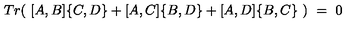
T r ( \ [ A , B ] \{ C , D \} + [ A , C ] \{ B , D \} + [ A , D ] \{ B , C \} \ ) \ = \ 0